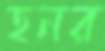
হনর